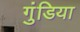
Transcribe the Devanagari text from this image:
गुंडिया